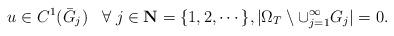
LaTeX: \begin{align*}u\in C^1(\bar G_j) \;\; \; \forall\; j\in\mathbf{N}=\{1,2,\cdots\},|\Omega_T\setminus \cup_{j=1}^\infty G_j|=0.\end{align*}